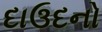
દાઉદનો